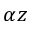
\alpha z